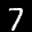
Label: 7